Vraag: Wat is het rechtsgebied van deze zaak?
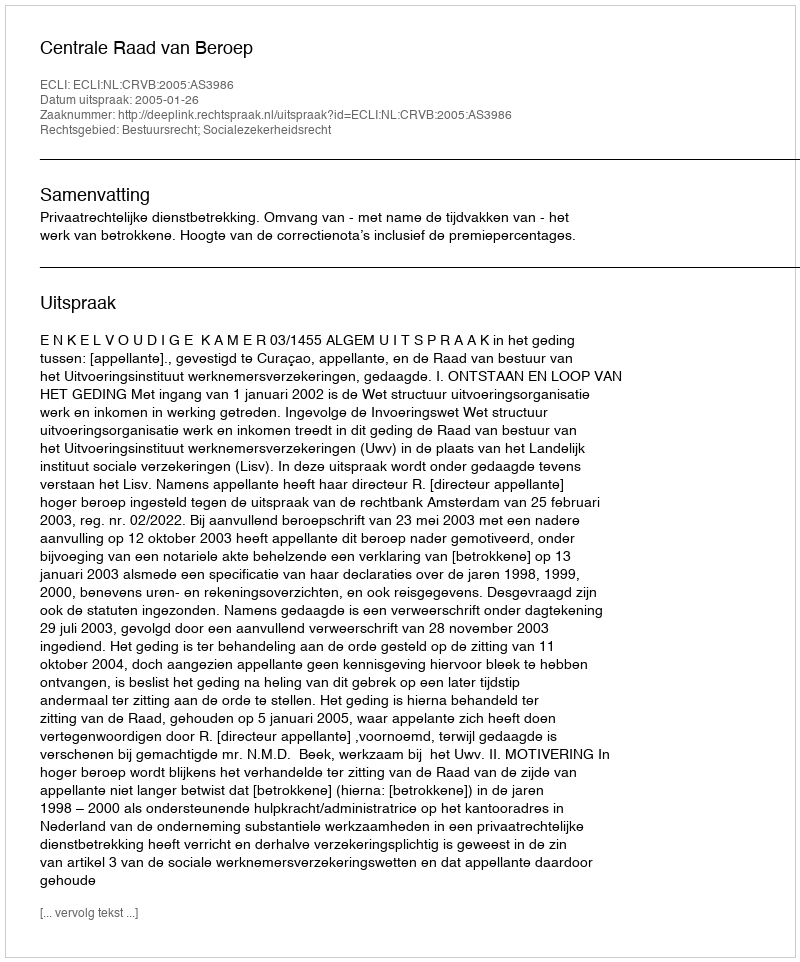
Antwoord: Bestuursrecht; Socialezekerheidsrecht